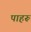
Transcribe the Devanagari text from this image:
पाहरू